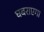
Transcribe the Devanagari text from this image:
घबराएगा